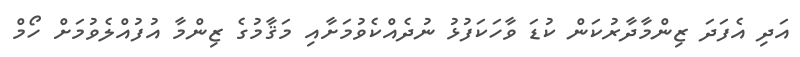
އަދި އެފަދަ ޒިންމާދާރުކަން ކުޑަ ވާހަކަފުޅު ނުދެއްކެވުމަށާއި މަޤާމުގެ ޒިންމާ އުފުއްލެވުމަށް ހޯމް